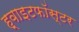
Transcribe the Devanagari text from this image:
ह्वाइटफॉस्टर